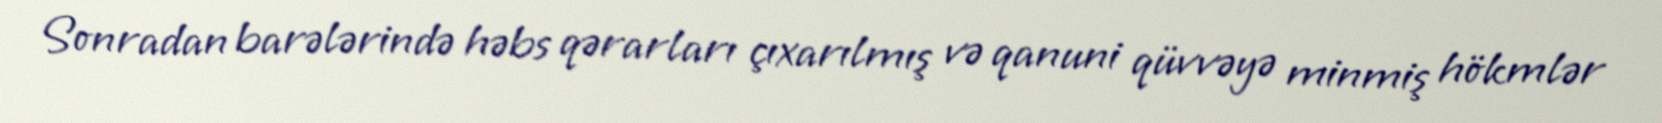
Sonradan barələrində həbs qərarları çıxarılmış və qanuni qüvvəyə minmiş hökmlər